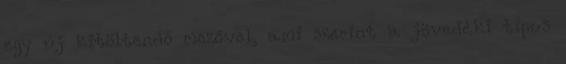
egy új kitöltendő mezővel, ami szerint a jövedéki típus